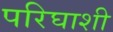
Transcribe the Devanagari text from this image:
परिघाशी